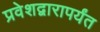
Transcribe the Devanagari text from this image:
प्रवेशद्वारापर्यंत